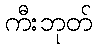
ကီးဘုတ်